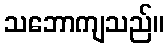
သဘောကျသည်။